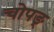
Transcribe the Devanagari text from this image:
चोपङ्